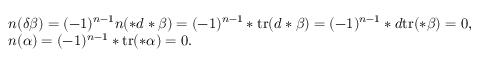
\begin{array} { r l } & { \boldsymbol { n } ( \delta \beta ) = ( - 1 ) ^ { n - 1 } \boldsymbol { n } ( \ast d \ast \beta ) = ( - 1 ) ^ { n - 1 } \ast \mathrm { t r } ( d \ast \beta ) = ( - 1 ) ^ { n - 1 } \ast d \mathrm { t r } ( \ast \beta ) = 0 , } \\ & { \boldsymbol { n } ( \alpha ) = ( - 1 ) ^ { n - 1 } \ast \mathrm { t r } ( \ast \alpha ) = 0 . } \end{array}